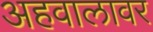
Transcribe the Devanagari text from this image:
अहवालावर